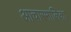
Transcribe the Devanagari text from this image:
आचारमालिका